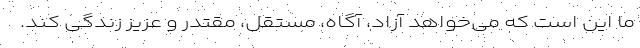
ما این است که می‌خواهد آزاد، آگاه، مستقل، مقتدر و عزیز زندگی کند.